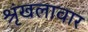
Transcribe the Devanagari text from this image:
श्रृंखलावार